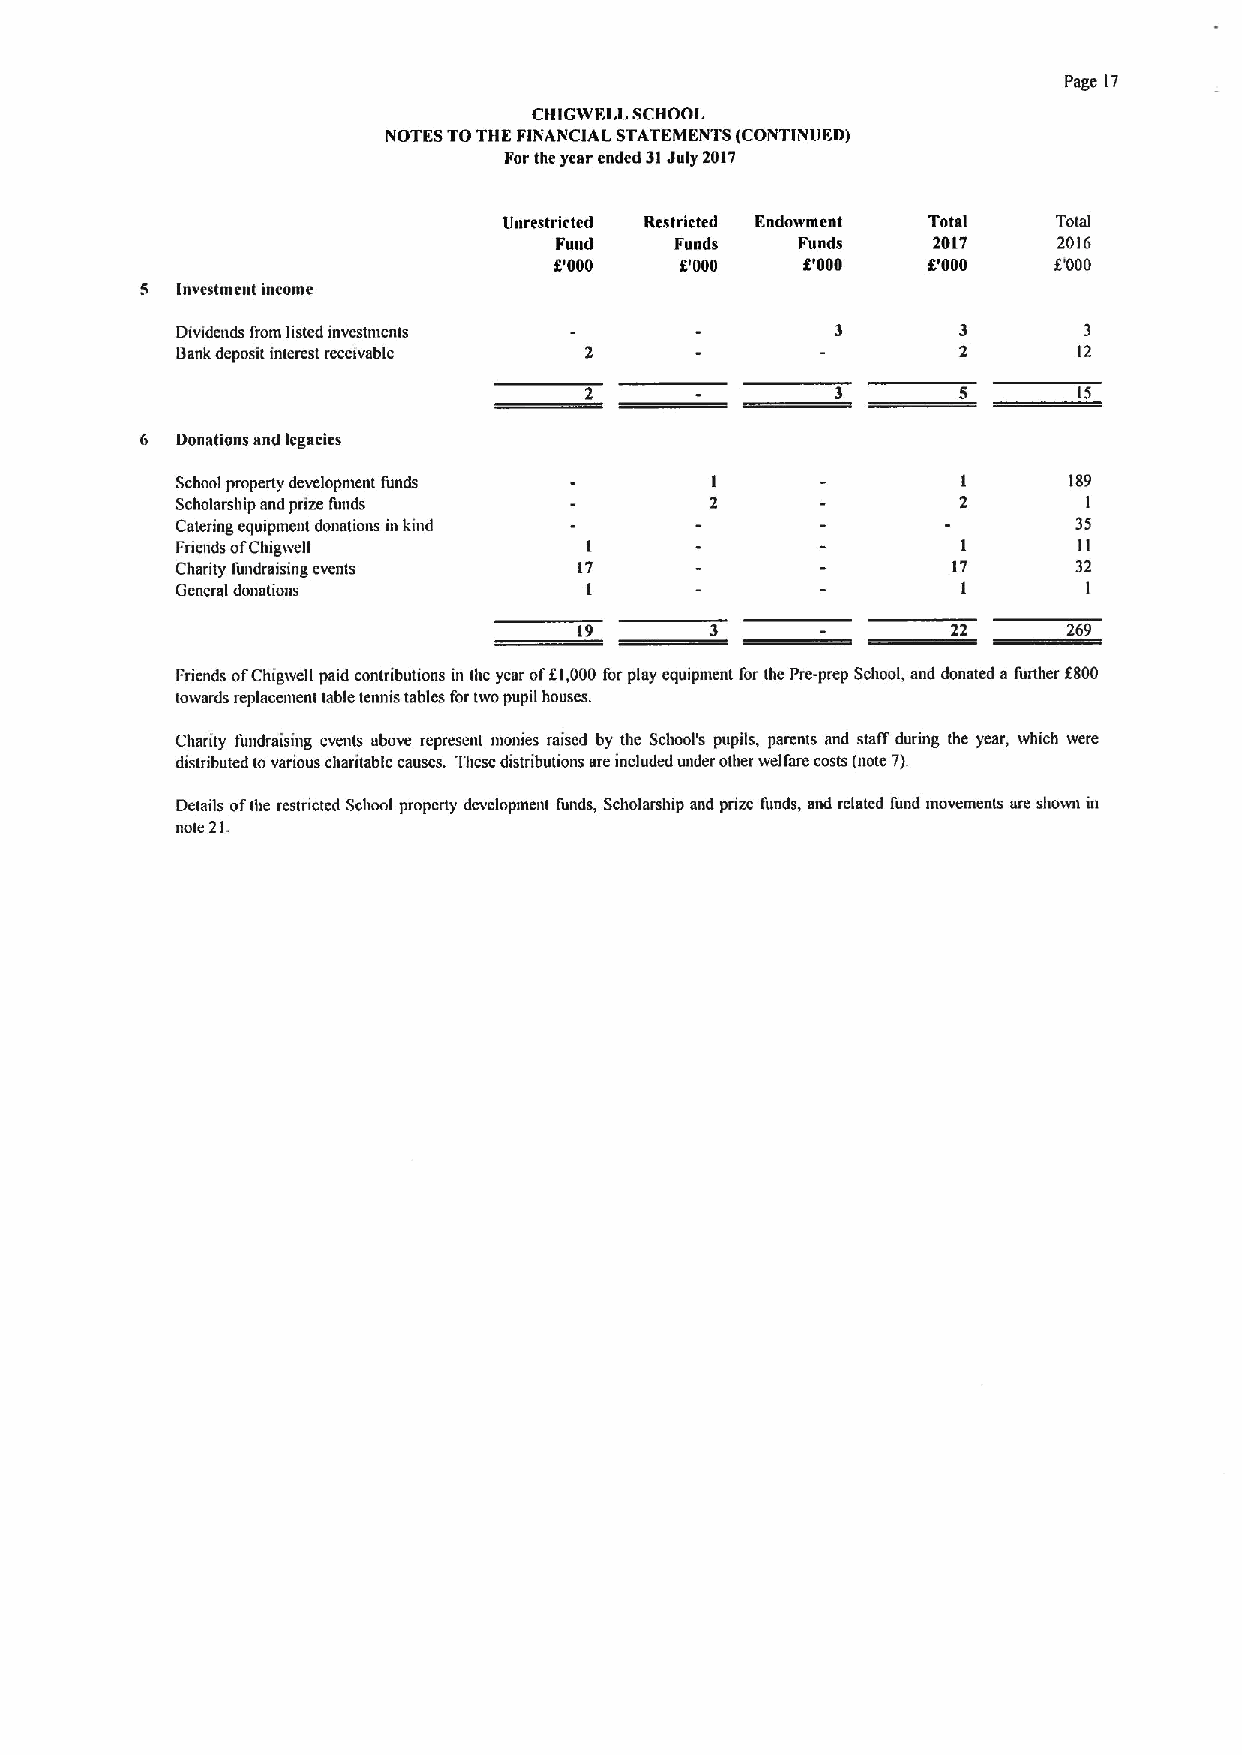
Page 17
 CHIGWELL SCHOOL
 NOTES TOTHE FINANCIAL STATEMENTS (CONTINUED)
 Forthe year ended 31July 2017
 Unrestricted Restricted Endowment Total Total
 Fund    Funds   Funds    2017    2016
 gr000   0'000   0'000   0'000    6'000
 5  Investment income
 Dividends from listed investntents                          3
 Bank deposit interest receivable                           12
 15
 6  Donations and legacies
 School property development funds                          189
 Scholarship and prize funds                                 I
 Catering equipment donations in kind                       35
 Friettds ofChigwell        I                        I      11
 Charity fundraising events 17                      17      32
 General donations          I                        I       I
 19       3               22      269
 Friends ofChigtvell paid contributions in the year ofKI,000 for play equipment for the Pre-prep School, and donated a further f800
 towards replacement table tennis tables for two pupil houses.
 Charity fundraising events above represent monies raised by the School's pupils, parents and statT during the year, which were
 distributed tovarious charitable causes. lltese distributions are included under other welfare costs (note 7).
 Details ofthe restncted School propcny development funds, Scholarship and prize funds, and related fund movements are shown in
 note 21.